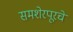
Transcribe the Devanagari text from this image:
समशेरपूरचे